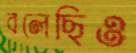
বলেছিও